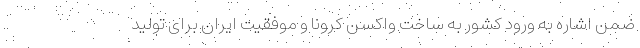
ضمن اشاره به ورود کشور به ساخت واکسن کرونا و موفقیت ایران برای تولید